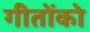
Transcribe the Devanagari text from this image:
गीतोंको